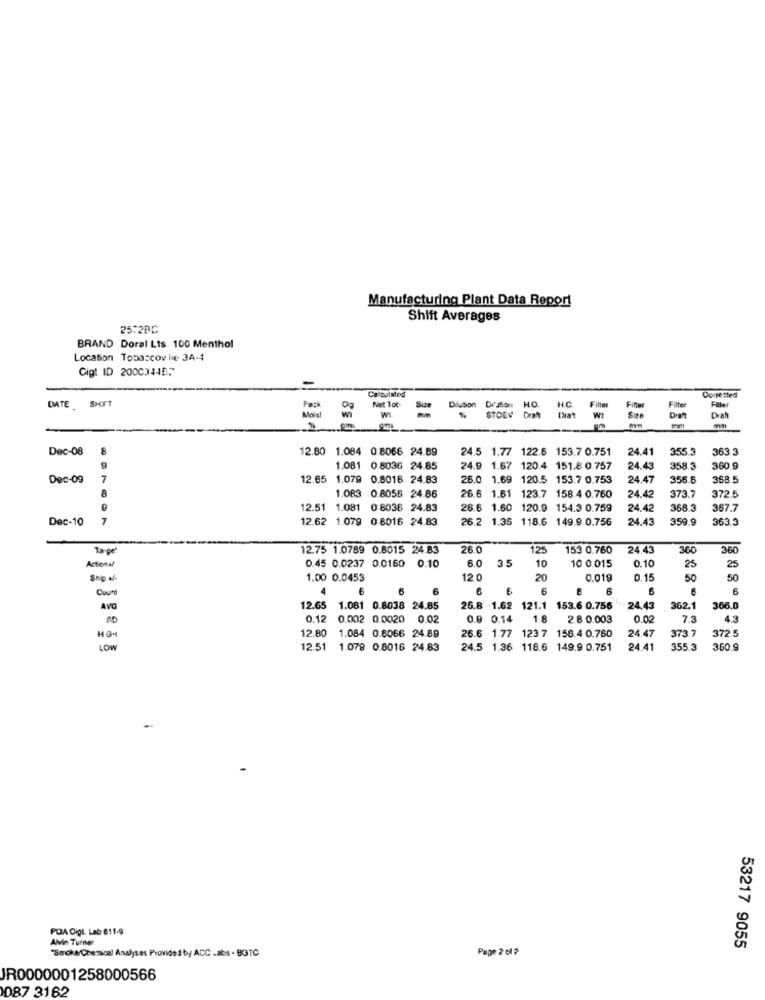
Manufacturing Plant Data Report
Shift Averages
25:28C
BRAND Doral Lis. 100 Menthol
Location Tobaccov lie 3A-4
Gigt ID 200034457
Calculated
Fack
Net 100
Filter
Filte
Comested
Filter
DATE SHIFT
Mois!
WI
Size
Dilution Dr'ston HO.
HO
Filter
STOEV Draft
Wt
Dret
Dec-08
12.80 1.084 0.8066 24.89
24.5 1.77 122.6 153.7 0.751
24.41
355.3
363.3
1.081 0.8036 24.85
24.9 1.67 120.4 151.8 0.757
24.43
358.3
360.9
Dec-09
7
12.65 1.079 0.8016 24.83
26.0 1.69 120.5 153.7 0.753
24.47
356.8
368.5
8
1.083 0.8056 24.86
123.7 158.4 0.760
373.7
372.5
26.6 1.61
24.42
12.51
1.081 0 8036 24.83
26.6 1.60 120.9 154.3 0.759
24.42
368.3
367.7
Dec-10
7
12.62 1.079 0.8016 24.83
26.2 1.35 118.6 149.9 0.756
24.43
359.9
363.3
Target
12.75 1.0789 0.8015 24.83
26.0
125
153 0.760
24.43
360
360
0.45 0.0237 0.0160 0.10
6.0
35
10 0.015
0.10
Actions/
10
25
25
1.00 0.0453
12.0
20
0.019
0.15
50
50
Count
6
6
6
6
6
6
6
AVG
12.65
1.081 0.8038 24.85
26.8 .1.62 121.1 153.6 0.756
24.43
362.1
366.0
0.12 0.002 0.0020 0.02
0.0 0.14
1.8
2.8 0.003
0,02
7.3
$3
12.80
1.084 0.8066 24.89
24.47
373.7
372.5
HGH
26.6 1.77 123 7 158.4 0.760
LOW
12.51 1.078 0.8016 24.83
24.5 1.36 118.6 149.9 0.751
24.41
355.3
360.9
POA Digt. Lab 611-9
Alvin Turner
Page 2 0l ?
53217 9055
"Smoke Chemical Analyses Provided by ACC .abs - BOTC
JR0000001258000566
087 3162